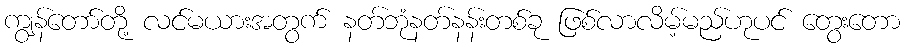
ကျွန်တော်တို့ လင်မယားအတွက် နတ်ဘုံနတ်နန်းတစ်ခု ဖြစ်လာလိမ့်မည်ဟုပင် တွေးတော